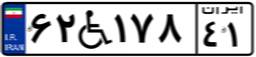
۶۲W۱۷۸۴۱